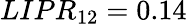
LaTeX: LIPR_{12}=0.14